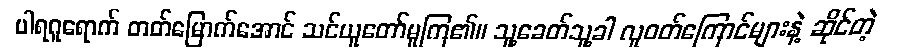
ပါရဂူရောက် တတ်မြောက်အောင် သင်ယူတော်မူကြ၏။ သူ့ခေတ်သူ့ခါ လူဝတ်ကြောင်များနဲ့ ဆိုင်တဲ့